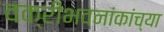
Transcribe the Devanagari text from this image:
वक्रीभवनांकांच्या